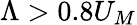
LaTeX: \Lambda>0.8U_{M}